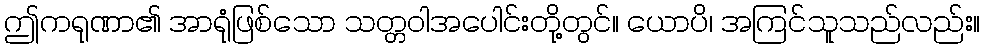
ဤကရုဏာ၏ အာရုံဖြစ်သော သတ္တဝါအပေါင်းတို့တွင်။ ယောပိ၊ အကြင်သူသည်လည်း။